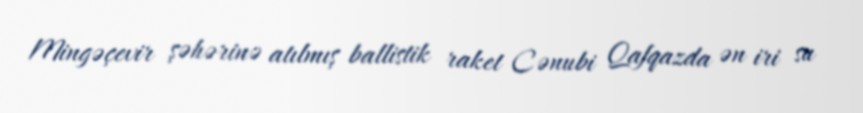
Mingəçevir şəhərinə atılmış ballistik raket Cənubi Qafqazda ən iri su